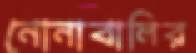
নোনাবালির